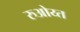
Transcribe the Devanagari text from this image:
रुओय्त